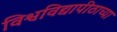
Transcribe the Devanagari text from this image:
विश्वविद्यापीठाच्या